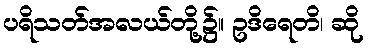
ပရိသတ်အလယ်တို့၌။ ဥဒိရေတိ၊ ဆို